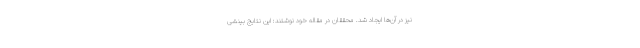
نیز در آن‌ها ایجاد شد. محققان در مقاله‌ خود نوشتند: این نتایج بینشی